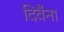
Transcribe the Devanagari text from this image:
दिवैना